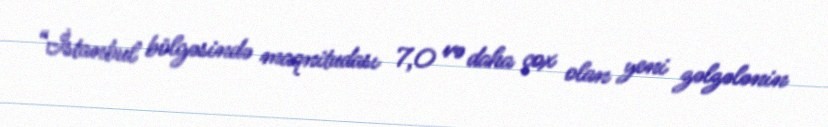
“İstanbul bölgəsində maqnitudası 7,0 və daha çox olan yeni zəlzələnin